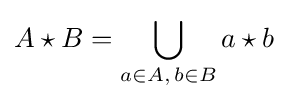
A\star B=\bigcup _{a\in A,\,b\in B}a\star b